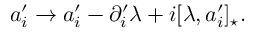
a _ { i } ^ { \prime } \rightarrow a _ { i } ^ { \prime } - \partial _ { i } ^ { \prime } \lambda + i [ \lambda , a _ { i } ^ { \prime } ] _ { \star } .